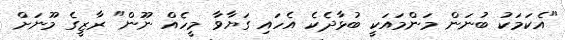
"އެކަމަކު ބުނަން މަންމައަކީ ބުޅާދެކެ އެހައި ގަޔާވާ މީހެއް ނޫން" ރާޒީގެ މޫނަށް